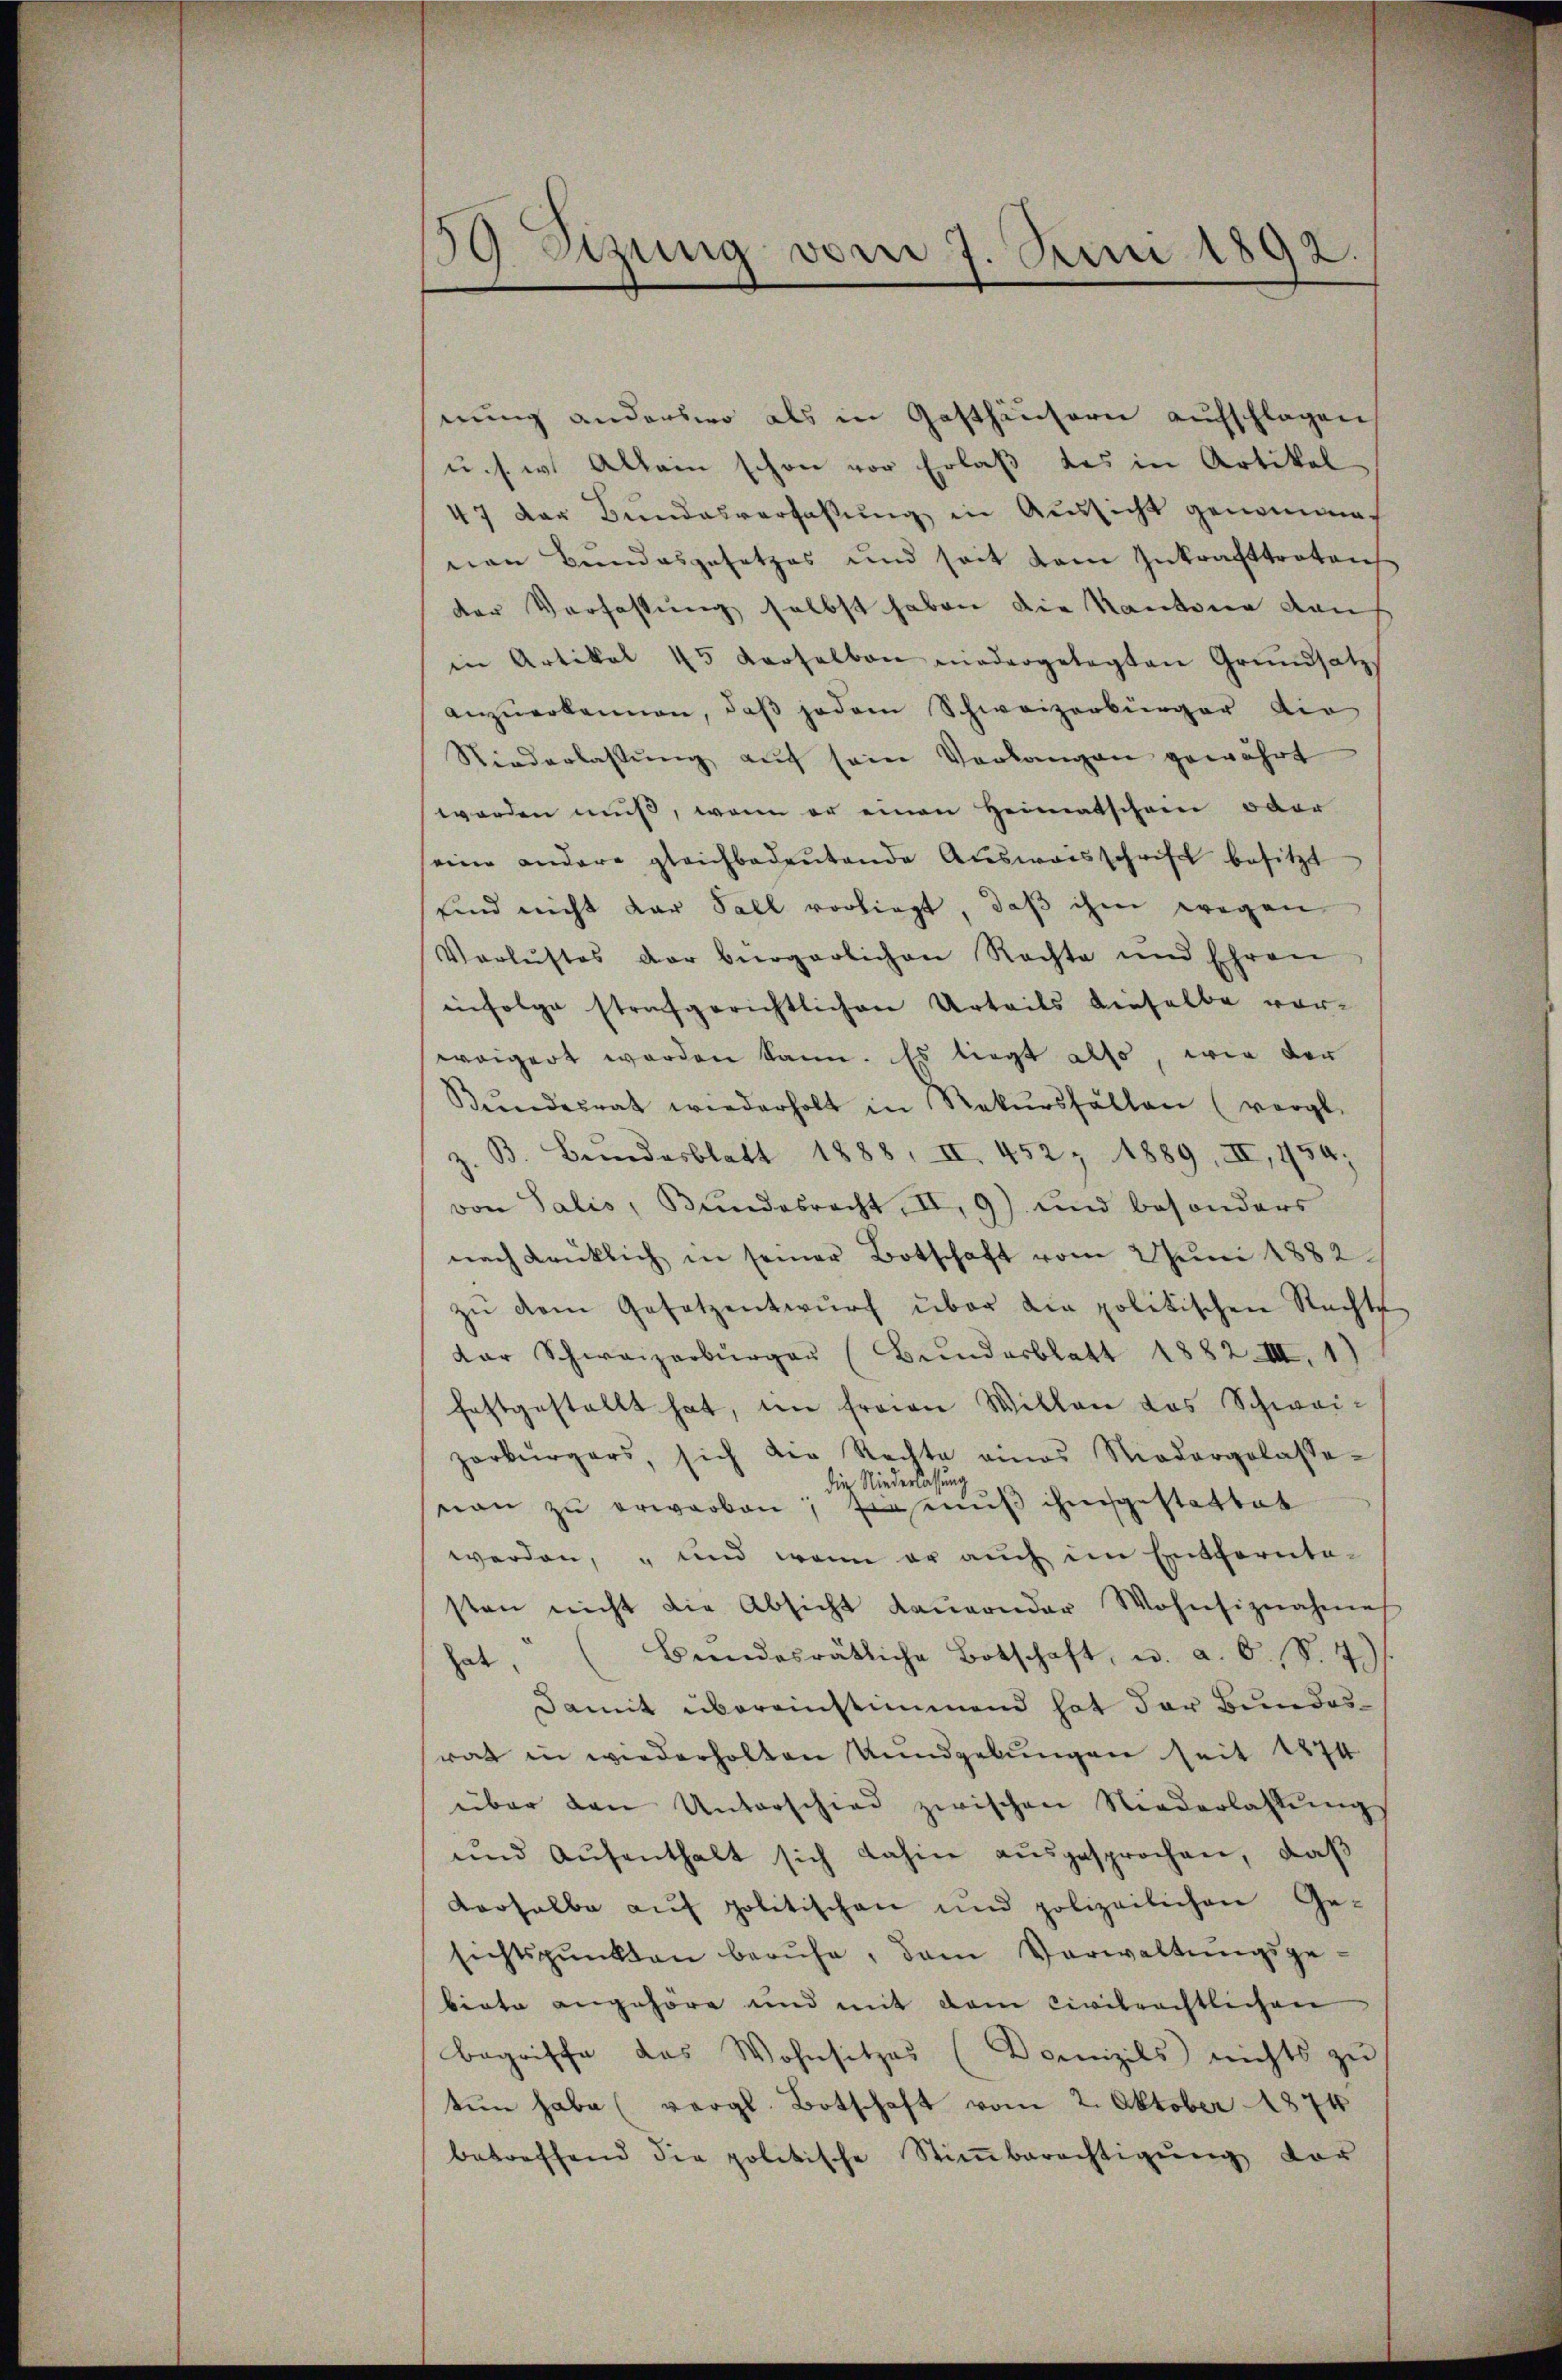
59 Sizung vom 7. Juni 1892.

nung anderswo als in Gasthäusern aufschlagen,
u. s. w. Allein schon vor Erlaß des in Artikel
47 der Bundesverfassung in Aussicht genommen
nen Bundesgesetzes und seit dem Inkrafttretenh
der Verfassung selbst haben die Kantone kauf
in Artikal 45 derselben niedergelegten Grŭndsatz
anzŭerkennen, daβ jedem Schweizerbürger die
Niederlassŭng aŭf sein Verlangen gewährt
worden muß, wenn er einen Heimatschein oder
eine andere gleichbedeŭtende Aŭsweisschrift besitzt
sind nicht der Fall vorliegt, daβ ihm wegen
Verlustes der bürgerlichen Rechte und Ehren
einfolge strafgerichtlichen Urteils dieselbe vorweigert worden kann. Es liegt also, wie der
Bŭndesrat wiederholt in Rekŭrsfällen (vergl.
z. B. Bundesblatt 1888, II. 452, 1889, III, 454;
von Salis, Bŭndesrecht, II. 9) und besonders
nach drücklich in seiner Botschaft vom 2 Juni 1882
zŭ dem Gesetzentwŭrf über die politischen Rechte
dar Schweizerbürger (Bunderblatt 1882. III. 1
festgestellt hat, ni freien Willen das Schweizorkŭrgers, sich die Rechte eines Niedergelasse-
die Niederlassung
naŭ zŭ erwarben; fernus ihm gestattet
werden, und wenn er auch im Entfernte-
sten nicht die Absicht daŭernder Wohnsiznahmes
hat, (Bundesrätliche Botschaft, u. a. O. S. 7
Damit übereinstimmend hat der Bundesrat in wiederholten Kundgebungen seit 1874
über den Unterschied zwischen Niederlassŭng
ŭnd Aŭfenthalt sich dahin aŭsgesprochen, daß
Verhalbe aŭf politischen und polizeilichen Ge-
sichtspunkten beruhe, dem Verwaltŭngsge-
biete angehöre und mit dem Civilrechtlichen
begriffe das Wohnsitzes (Domizils nichts zu
tun habe (vergl. Botschaft vom 2. Oktober 1874
betreffend die politische Stiṁberechtigŭng der